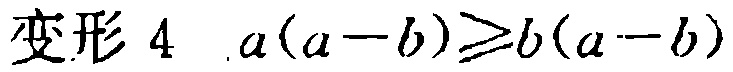
变形 4 $a(a - b) \geq b(a - b)$